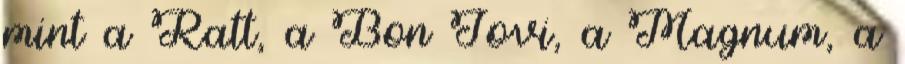
mint a Ratt, a Bon Jovi, a Magnum, a